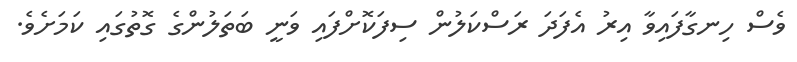
ވެސް ހިނގާފައިވާ އިރު އެފަދަ ރަސްކަލުން ސިފަކޮށްފައި ވަނީ ބަތަލުންގެ ގޮތުގައި ކަމަށެވެ.